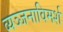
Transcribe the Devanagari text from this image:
व्यञ्जनाविमर्श